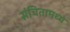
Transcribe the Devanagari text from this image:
संचितामध्ये